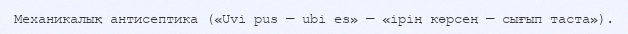
Механикалық антисептика («Uvi pus — ubi es» — «ірің көрсең — сығып таста»).